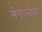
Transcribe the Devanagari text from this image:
मेणवलीकर